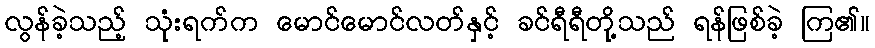
လွန်ခဲ့သည့် သုံးရက်က မောင်မောင်လတ်နှင့် ခင်ရီရီတို့သည် ရန်ဖြစ်ခဲ့ ကြ၏။